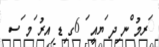
ަރމު ްނ ިދ ަޔއީ ަ 6ގ ިޑ ިއރު ަމ ަސ